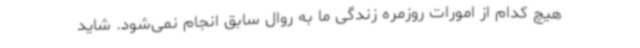
هیچ کدام از امورات روزمره زندگی ما به روال سابق انجام نمی‌شود. شاید